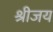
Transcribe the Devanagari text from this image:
श्रीजय